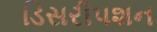
ડિસરીપશન